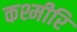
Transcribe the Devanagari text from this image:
कश्मीरि